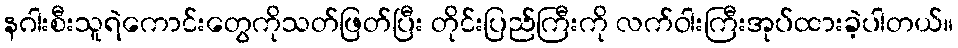
နဂါးစီးသူရဲကောင်းတွေကိုသတ်ဖြတ်ပြီး တိုင်းပြည်ကြီးကို လက်ဝါးကြီးအုပ်ထားခဲ့ပါတယ်။